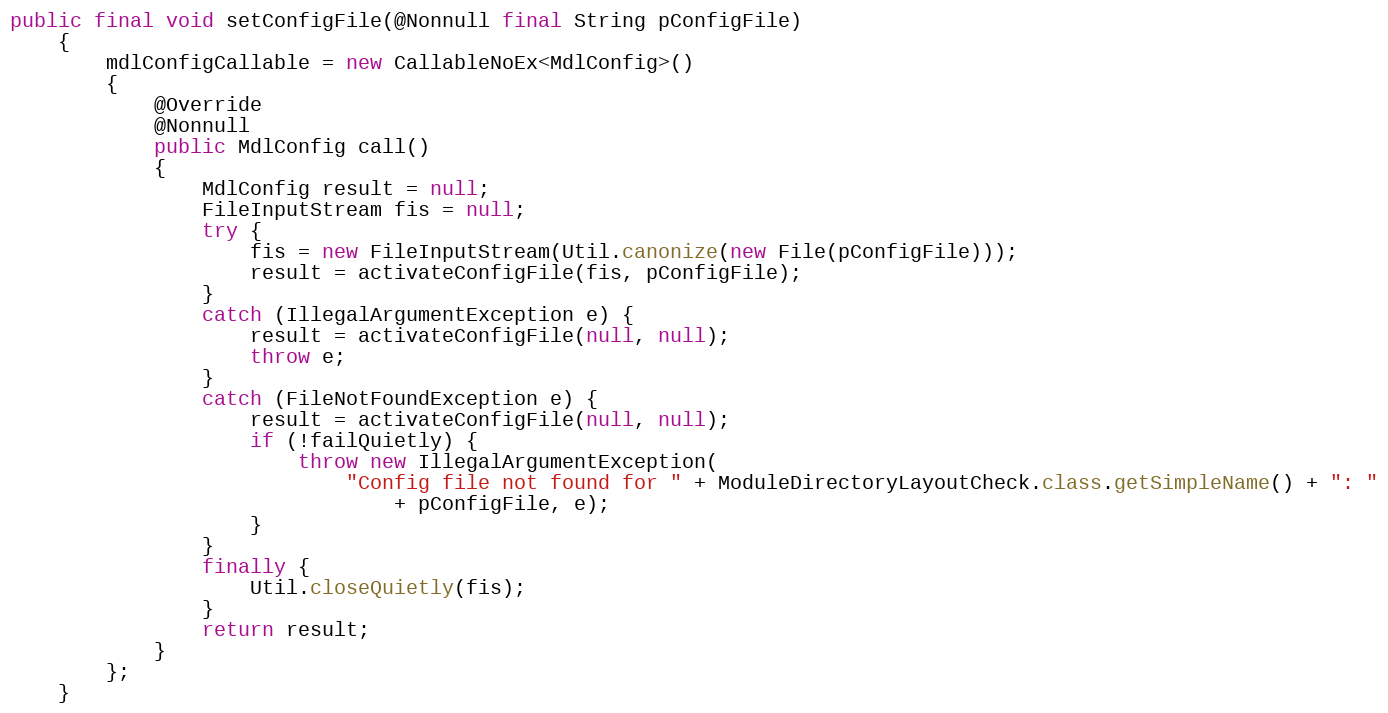
Language: Java
public final void setConfigFile(@Nonnull final String pConfigFile)
    {
        mdlConfigCallable = new CallableNoEx<MdlConfig>()
        {
            @Override
            @Nonnull
            public MdlConfig call()
            {
                MdlConfig result = null;
                FileInputStream fis = null;
                try {
                    fis = new FileInputStream(Util.canonize(new File(pConfigFile)));
                    result = activateConfigFile(fis, pConfigFile);
                }
                catch (IllegalArgumentException e) {
                    result = activateConfigFile(null, null);
                    throw e;
                }
                catch (FileNotFoundException e) {
                    result = activateConfigFile(null, null);
                    if (!failQuietly) {
                        throw new IllegalArgumentException(
                            "Config file not found for " + ModuleDirectoryLayoutCheck.class.getSimpleName() + ": "
                                + pConfigFile, e);
                    }
                }
                finally {
                    Util.closeQuietly(fis);
                }
                return result;
            }
        };
    }